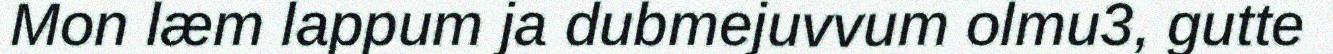
Mon læm lappum ja dubmejuvvum olmu3, gutte